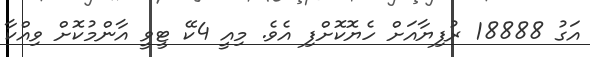
އަގު 18888 ރުފިޔާއަށް ހެޔޮކޮށްފި އެވެ. މިއީ 4ކޭ ޓީވީ އާންމުކޮށް ވިއްކާ